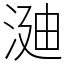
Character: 𣶻